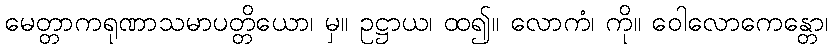
မေတ္တာကရုဏာသမာပတ္တိယော၊ မှ။ ဥဋ္ဌာယ၊ ထ၍။ လောကံ၊ ကို။ ဝေါလောကေန္တော၊